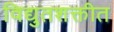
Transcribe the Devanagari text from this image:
विद्युतशक्तीत